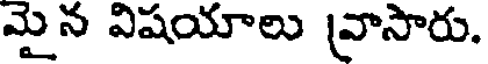
మైన విషయాలు వ్రాసారు.